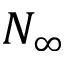
N _ { \infty }